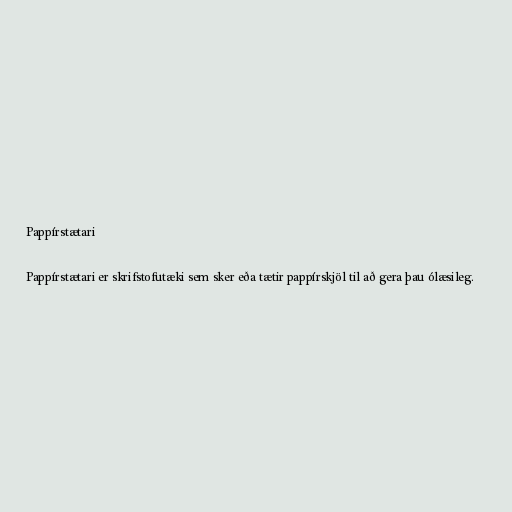
Pappírstætari

Pappírstætari er skrifstofutæki sem sker eða tætir pappírskjöl til að gera þau ólæsileg.